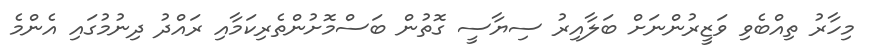
މިހާރު ތިއްބެވި ވަޒީރުންނަށް ބަލާއިރު ސިޔާސީ ގޮތުން ބަސްމޮށުންތެރިކަމާއި ރައްދު ދިނުމުގައި އެންމެ